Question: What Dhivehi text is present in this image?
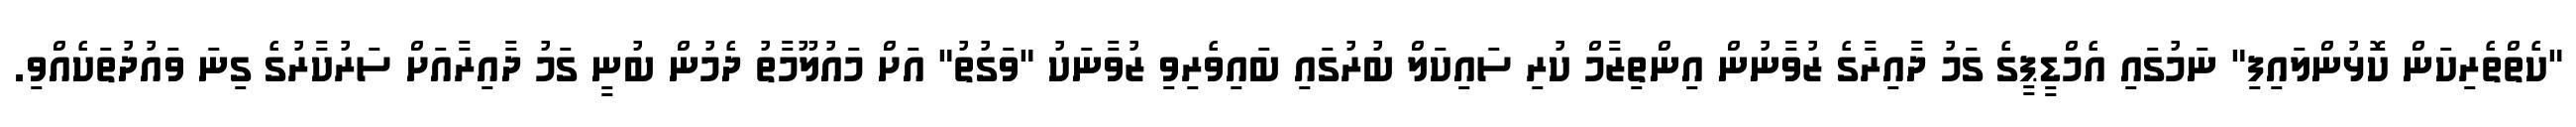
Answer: "ކެތްތެރިކަން ކޮޅުންލައިފި" ނަމުގައި އެމްޑީޕީގެ ގަމު ދާއިރާގެ ޒުވާނުން އިންތިޒާމް ކުރި ސައިކަލް ބުރުގައި ބައިވެރިވި ޒުވާނަކު "ވަގުތު" އަށް މައުލޫމާތު ދެމުން ބުނީ ގަމު ދާއިރާއަށް ސަރުކާރުގެ ގިނަ ވައުދުތަކެއްވި.